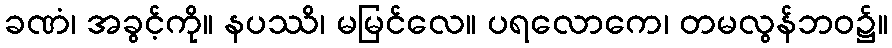
ခဏံ၊ အခွင့်ကို။ နပဿိ၊ မမြင်လေ။ ပရလောကေ၊ တမလွန်ဘဝ၌။